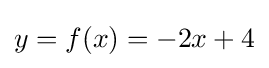
y=f(x)=-2x+4